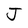
Character: J